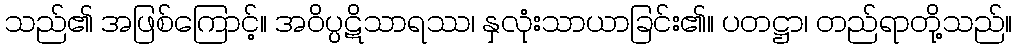
သည်၏ အဖြစ်ကြောင့်။ အဝိပ္ပဋိသာရဿ၊ နှလုံးသာယာခြင်း၏။ ပတဋ္ဌာ၊ တည်ရာတို့သည်။